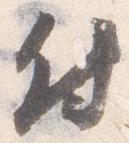
付